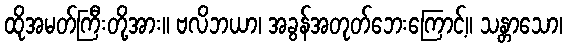
ထိုအမတ်ကြီးတို့အား။ ဗလိဘယာ၊ အခွန်အတုတ်ဘေးကြောင့်။ သန္တာသော၊